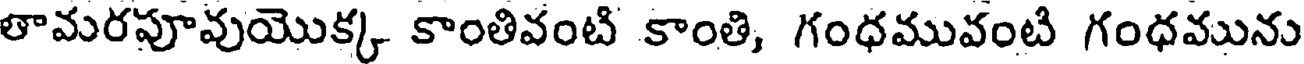
తామరపూవుయొక్క కాంతివంటి కాంతి, గంధమువంటి గంధమును